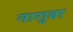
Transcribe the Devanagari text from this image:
नाशुवा